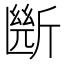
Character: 㫁